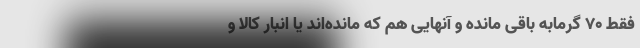
فقط ۷۰ گرمابه باقی مانده و آنهایی هم که مانده‌اند یا انبار کالا و